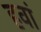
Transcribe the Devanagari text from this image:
हवां